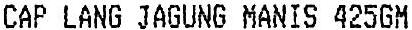
CAP LANG JAGUNG MANIS 425GM